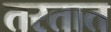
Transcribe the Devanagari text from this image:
तरतात